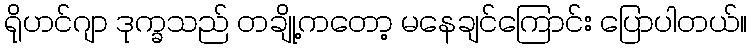
ရိုဟင်ဂျာ ဒုက္ခသည် တချို့ကတော့ မနေချင်ကြောင်း ပြောပါတယ်။